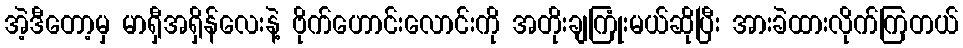
အဲ့ဒီတော့မှ မာရှီအရှိန်လေးနဲ့ ဗိုက်ဟောင်းလောင်းကို အတိုးချကြုံးမယ်ဆိုပြီး အားခဲထားလိုက်ကြတယ်